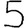
Digit: 5